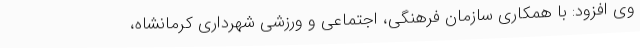
وی افزود: با همکاری سازمان فرهنگی، اجتماعی و ورزشی شهرداری کرمانشاه،